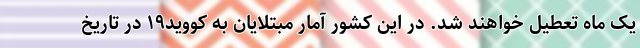
یک ماه تعطیل خواهند شد. در این کشور آمار مبتلایان به کووید۱۹ در تاریخ